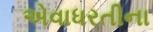
એવાધરતીના